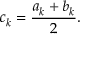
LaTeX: c _ { k } = { \frac { a _ { k } + b _ { k } } { 2 } } .